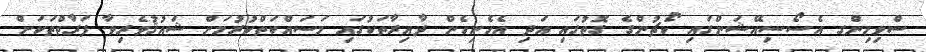
ސްވިމިންގ އެސޯސިއޭޝަންގައި ކޯޗުންގެ ގޮތުގައި އަދި އެހެނިހެން ދާއިރާތަކުގައި މަސައްކަތްކުރުމަށް ޝައުޤުވެރިވާ ފަރާތްތަކަށް